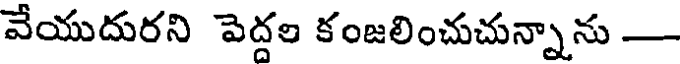
వేయుదురని పెద్దల కంజలించుచున్నాను -